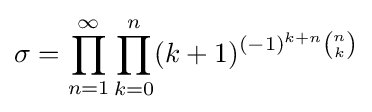
\sigma =\prod _{n=1}^{\infty }\prod _{k=0}^{n}(k+1)^{(-1)^{k+n}{\binom {n}{k}}}